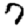
Digit: 7